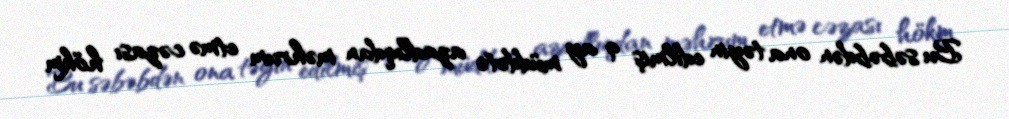
Bu səbəbdən ona təyin edilmiş 9 ay müddətə azadlıqdan məhrum etmə cəzası hökm